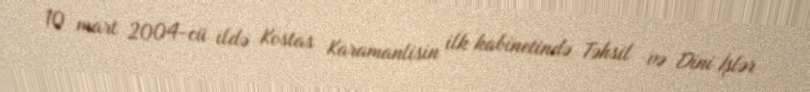
10 mart 2004-cü ildə Kostas Karamanlisin ilk kabinetində Təhsil və Dini İşlər